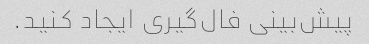
پیش‌بینی فال‌گیری ایجاد کنید.